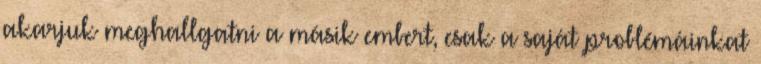
akarjuk meghallgatni a másik embert, csak a saját problémáinkat